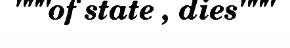
"""of state , dies"""